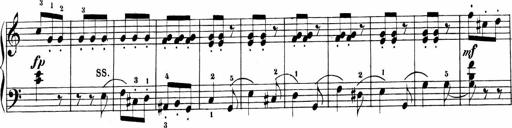
Title: Sonatinas
Composer: Andrew Violette